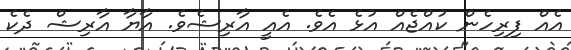
އެއް ފިރިހެން ކުއްޖެއް އުޅެ އެވެ. އެއީ އާރިޝެވެ. އާޔާ އާރިޝް ދެކެ